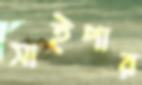
সাইপার